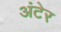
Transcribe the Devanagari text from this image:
अंटेर